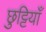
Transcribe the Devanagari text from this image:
छुट्टियाँ